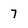
Character: 7